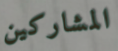
المشاركين